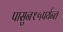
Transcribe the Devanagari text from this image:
पासुन१५पर्यन्त